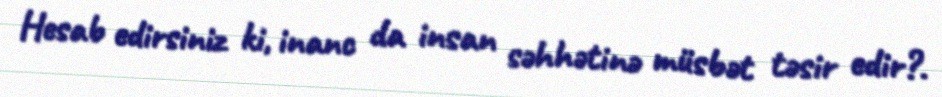
Hesab edirsiniz ki, inanc da insan səhhətinə müsbət təsir edir?.